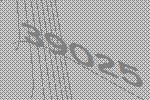
39025